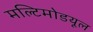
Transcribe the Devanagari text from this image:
मल्टिमोडयूल